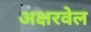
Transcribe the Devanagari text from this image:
अक्षरवेल